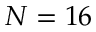
N = 1 6